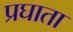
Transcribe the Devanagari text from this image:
प्रघाता